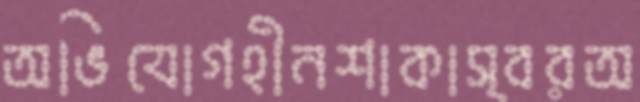
অভিযোগহীনশাকাস্বরঅ